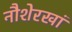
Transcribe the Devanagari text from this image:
नौशेरखां